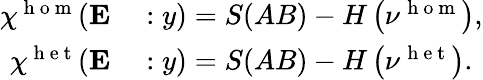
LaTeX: \begin{array}{rl}{\chi^{\mathrm{~h~o~m~}}(\mathbf{E}}&{{}:y)=S(AB)-H\left(\nu^{\mathrm{~h~o~m~}}\right),}\\ {\chi^{\mathrm{~h~e~t~}}(\mathbf{E}}&{{}:y)=S(AB)-H\left(\nu^{\mathrm{~h~e~t~}}\right).}\end{array}